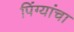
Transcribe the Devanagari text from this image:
पिंग्यांचा